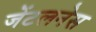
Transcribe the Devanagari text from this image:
जेंटलनेस